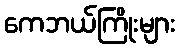
ကေဘယ်ကြိုးများ